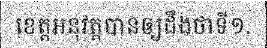
ខេត្តអនុវត្តបានឲ្យដឹងថាទី១.